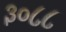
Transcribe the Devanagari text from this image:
३०८८